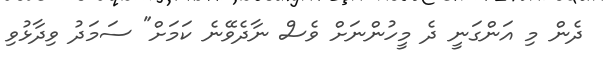
ދެން މި އަންގަނީ ދެ މީހުންނަށް ވެސް ނާދެވޭނެ ކަމަށް" ސަމަދު ވިދާޅުވި